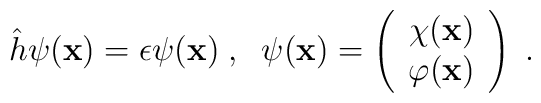
\hat{h}\psi ({\bf x})=\epsilon \psi ({\bf x})\;,\;\;\psi ({\bf x})=\left( \begin{array}{c}\chi ({\bf x}) \\ \varphi ({\bf x})\end{array}\right) \;.